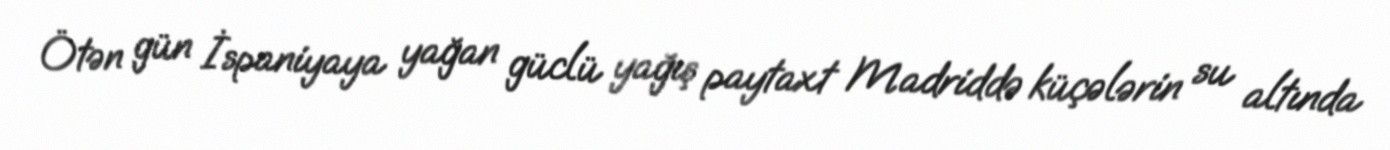
Ötən gün İspaniyaya yağan güclü yağış paytaxt Madriddə küçələrin su altında